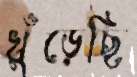
খুঁড়েছি